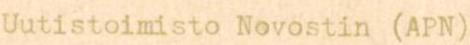
Uutistoimisto Novostin (APN)